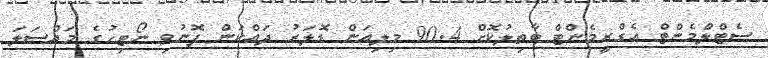
ސެޓްލްމެންޓް އެގްރީމެންޓް ބާތިލުކޮށް 90.4 މިލިއަން ޑޮލަރު ދައްކަން ފޮނުވި ނޯޓިހުގެ މައްސަލަ